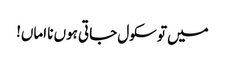
میں تو سکول جاتی ہوں نا اماں!